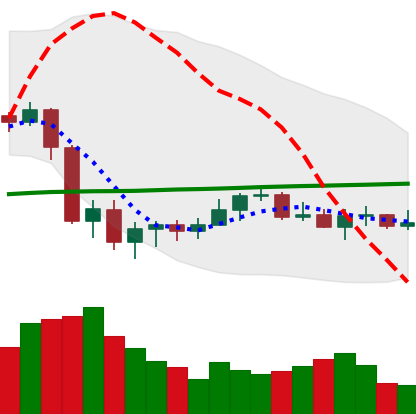
Ticker: XLM-USD
Chart end date: 2020-09-19
Forward return: -10.901%
Label: down_7plus